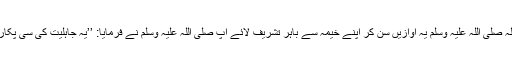
رسول اللہ صلی اللہ علیہ وسلم یہ آوازیں سن کر اپنے خیمہ سے باہر تشریف لائے آپ صلی اللہ علیہ وسلم نے فرمایا: ’’یہ جاہلیت کی سی پکار کیسی؟